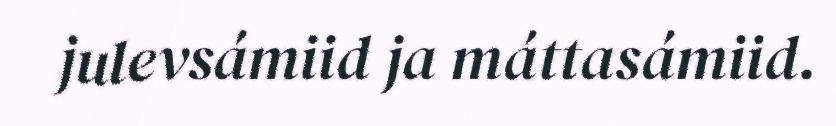
julevsámiid ja máttasámiid.